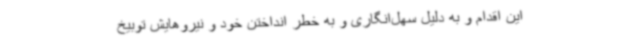
این اقدام و به دلیل سهل‌انگاری و به خطر انداختن خود و نیروهایش توبیخ